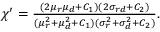
\begin{array} { r } { \chi ^ { \prime } = \frac { ( 2 \mu _ { r } \mu _ { d } + C _ { 1 } ) ( 2 \sigma _ { r d } + C _ { 2 } ) } { ( \mu _ { r } ^ { 2 } + \mu _ { d } ^ { 2 } + C _ { 1 } ) ( \sigma _ { r } ^ { 2 } + \sigma _ { d } ^ { 2 } + C _ { 2 } ) } . } \end{array}